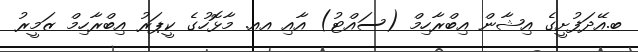
ބ.އޭދަފުށީގެ އިޝާން އިބްރާހިމް (ސައްޓު) އާއި އއ. މާޅޮހުގެ ކީޕަރު އިބްރާހިމް ޒަމީރު